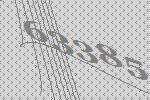
63385